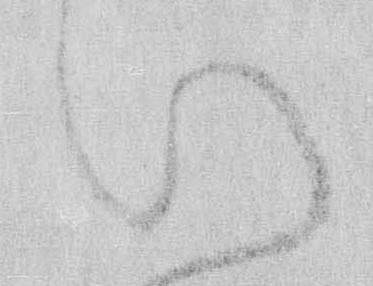
い